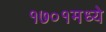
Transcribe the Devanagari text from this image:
१७०१मध्ये